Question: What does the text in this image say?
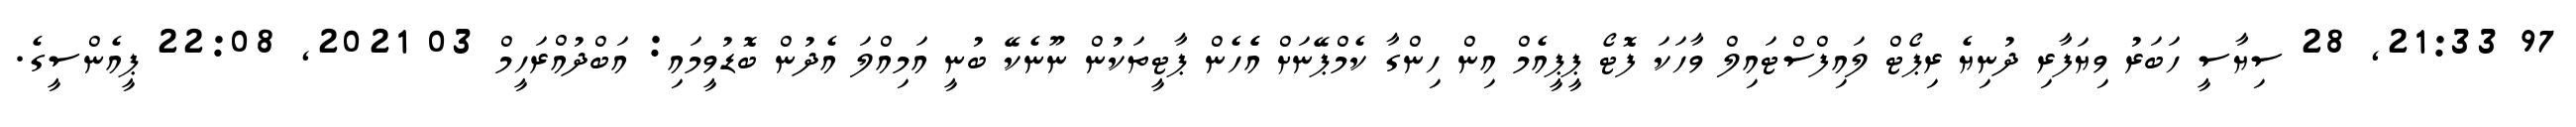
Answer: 97 21:33, 28 ސިޔާސީ ހަބަރު ވިޔަފާރި ދުނިޔެ ރިޕޯޓް ލައިފްސްޓައިލް ވާހަކަ ފޮޓޯ ޕީޕީއެމް އިން ހިންގާ ކެމްޕޭނަށް އެެހެން ޕާޓީތަކުން ނޫނެކޭ ބުނީ އަމިއްލަ އެދުން ބޮޑުވީމައި: އަބްދުއްރަހީމް 03 2021, 22:08 ޕީއެންސީގެ.